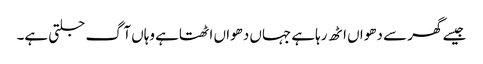
جیسے گھر سے دھواں اٹھ رہاہے جہاں دھواں اٹھتاہے وہاں آگ جلتی ہے۔